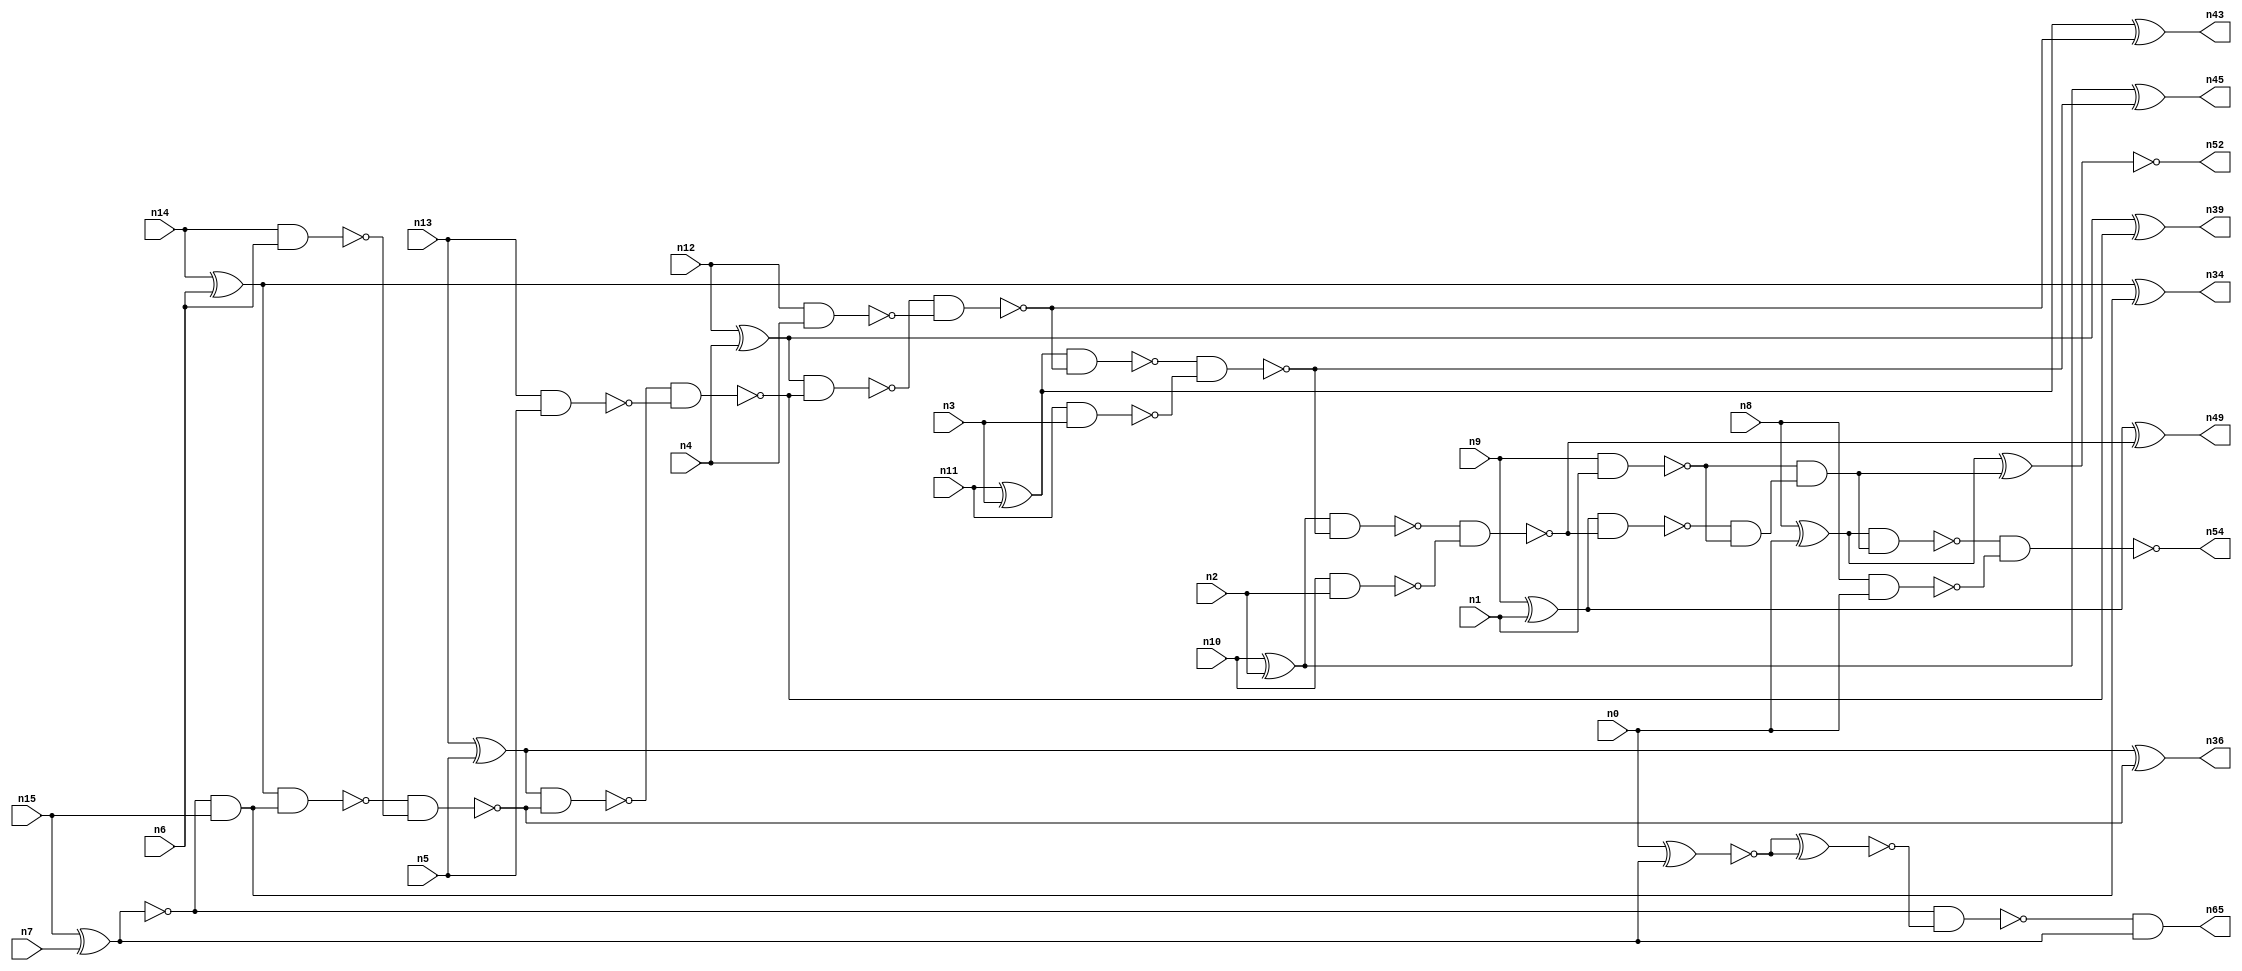
// This file contains a pareto-optimal circuit with respect to area and the fault-resilince parameter p_fault which is defined as:
// "For all input vectors, the ratio of the no. of faults observable at the POs to the no. of total possible faults in the circuit".
// This code is part of the ReCkt library (https://github.com/umar-afzaal/ReCkt) distributed under The MIT License.
// When used, please cite the following article(s):
// U. Afzaal, A.S. Hassan, M. Usman and J.A. Lee, "On the Evolutionary Synthesis of Increased Fault-resilience Arithmetic Circuits".

// p_fault = 91.2 %    (Lower is better)
// gates = 43.0
// levels = 17
// area = 59.96    (For MCNC library relative to nand2)
// power = 263.3 uW    (Berkely-SIS for MCNC library @ Vdd=5V and 20 MHz clock)
// delay = 20.9 ns    (Berkely-ABC for MCNC library)
// PDP = 5.50297e-12 J

// Pin mapping:
// {n0, n1, n2, n3, n4, n5, n6, n7} = A[7:0]
// {n8, n9, n10, n11, n12, n13, n14, n15} = B[7:0]
// {n54, n52, n49, n45, n43, n39, n36, n34, n65} = O[8:0]

module addr8s_area_9 (
n0, n1, n2, n3, n4, n5, n6, n7, n8, n9, n10, n11, n12, n13, n14, n15, 
n54, n52, n49, n45, n43, n39, n36, n34, n65
);

input n0, n1, n2, n3, n4, n5, n6, n7, n8, n9, n10, n11, n12, n13, n14, n15;
output n54, n52, n49, n45, n43, n39, n36, n34, n65;
wire n22, n42, n28, n21, n30, n16, n27, n24, n56, n20, n53, n32, n18, n55, n51, n31, n25, n58, n41, n26, 
n37, n35, n29, n17, n38, n19, n50, n46, n47, n23, n40, n48, n33, n44;

nand (n16, n14, n6);
nand (n17, n9, n1);
nand (n18, n13, n5);
nand (n19, n8, n0);
xor (n20, n8, n0);
nand (n21, n10, n2);
xor (n22, n12, n4);
xnor (n23, n15, n7);
xor (n24, n10, n2);
and (n25, n23, n15);
nand (n26, n11, n3);
xor (n27, n14, n6);
xor (n28, n9, n1);
nand (n29, n12, n4);
xor (n30, n13, n5);
xor (n31, n11, n3);
nand (n32, n23, n23);
nand (n33, n27, n25);
xor (n34, n27, n25);
nand (n35, n33, n16);
xor (n36, n30, n35);
nand (n37, n30, n35);
nand (n38, n37, n18);
xor (n39, n22, n38);
nand (n40, n22, n38);
nand (n41, n40, n29);
nand (n42, n31, n41);
xor (n43, n31, n41);
nand (n44, n42, n26);
xor (n45, n24, n44);
nand (n46, n24, n44);
nand (n47, n46, n21);
nand (n48, n28, n47);
xor (n49, n28, n47);
and (n50, n48, n17);
and (n51, n17, n50);
xnor (n52, n20, n51);
nand (n53, n20, n51);
nand (n54, n53, n19);
xnor (n55, n0, n32);
xnor (n56, n55, n55);
nand (n58, n23, n56);
and (n65, n58, n32);

endmodule